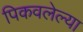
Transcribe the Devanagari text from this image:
पिकवलेल्या